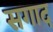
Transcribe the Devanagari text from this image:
सगाद